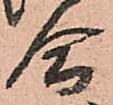
合